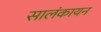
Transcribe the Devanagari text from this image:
सालंकायन